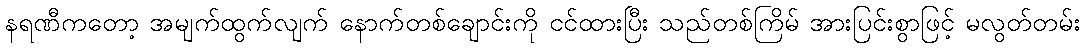
နရဏီကတော့ အမျက်ထွက်လျက် နောက်တစ်ချောင်းကို ငင်ထားပြီး သည်တစ်ကြိမ် အားပြင်းစွာဖြင့် မလွတ်တမ်း